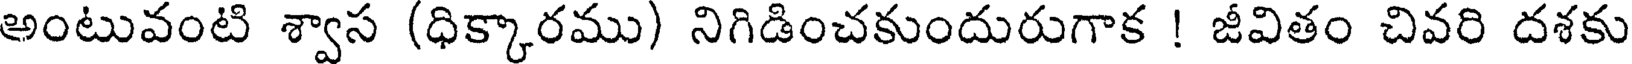
అంటువంటి శ్వాస (ధిక్కారము) నిగిడించకుందురుగాక ! జీవితం చివరి దశకు